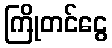
ကြိုတင်ငွေ